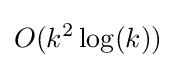
O(k^{2}\log(k))